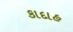
કાદાહ